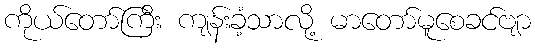
ကိုယ်တော်ကြီး ကျန်းခံ့သာလို့ မာတော်မူစေခင်ဗျာ